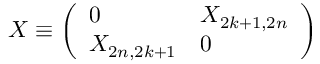
X \equiv \left( \begin{array} { l l } { { 0 } } & { { X _ { 2 k + 1 , 2 n } } } \\ { { X _ { 2 n , 2 k + 1 } } } & { { 0 } } \end{array} \right) \,